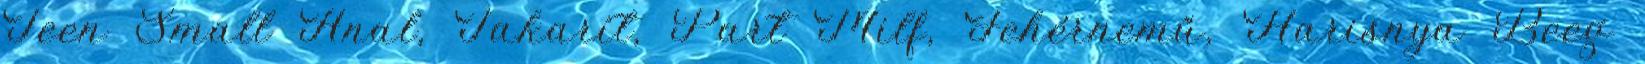
Teen Small Anal, Takarít, Part Milf, Fehérnemű, Harisnya Beeg